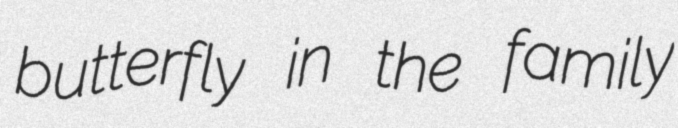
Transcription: butterfly in the family